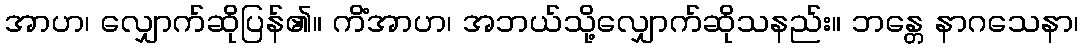
အာဟ၊ လျှောက်ဆိုပြန်၏။ ကိံအာဟ၊ အဘယ်သို့လျှောက်ဆိုသနည်း။ ဘန္တေ နာဂသေနာ၊